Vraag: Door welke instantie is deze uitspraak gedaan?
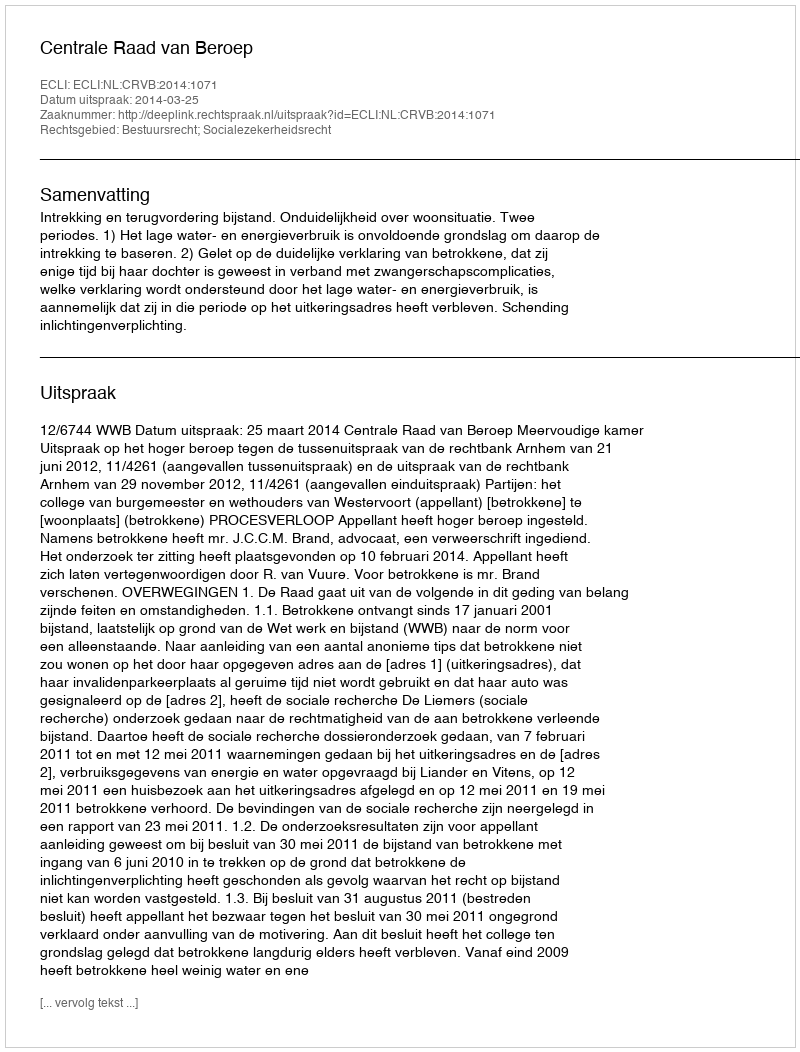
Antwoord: Centrale Raad van Beroep